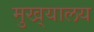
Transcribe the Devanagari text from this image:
मुख्‌यालय